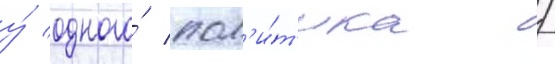
у́ одного́ пол'и́т'ика /